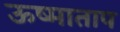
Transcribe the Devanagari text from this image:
ऊष्माताप